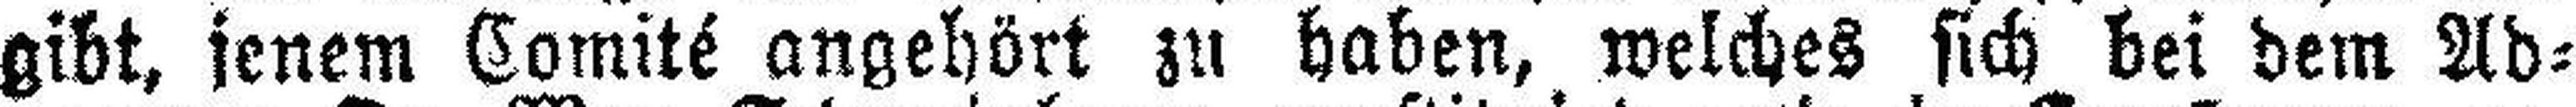
gibt, jenem Comité angehört zu haben, welches sich bei dem Ad¬